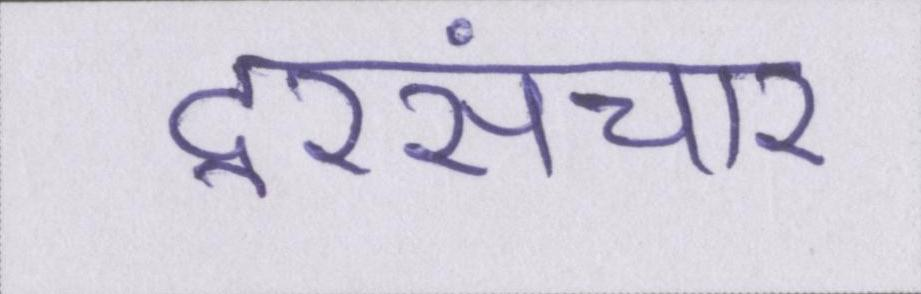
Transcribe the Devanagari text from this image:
दूरसंचार